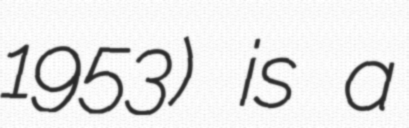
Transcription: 1953) is a